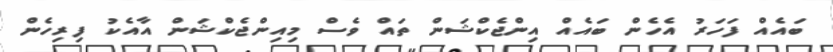
ބައެއް ފަހަރު އެހެން ބައެއް އިންޖެކްޝަން ތައް ވެސް މިއިންޖެކްޝަން އާއެކު ފިރިހެން